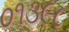
૦૧૩૯૮